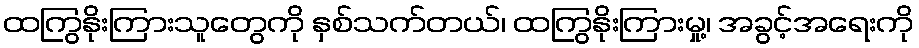
ထကြွနိုးကြားသူတွေကို နှစ်သက်တယ်၊ ထကြွနိုးကြားမှု့၊ အခွင့်အရေးကို